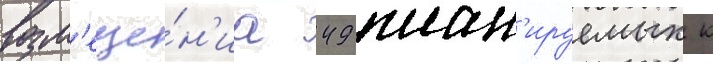
возм'еще́н'иа 49 план'ируемых к